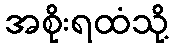
အစိုးရထံသို့